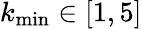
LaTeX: k_{\operatorname*{min}}\in[1,5]